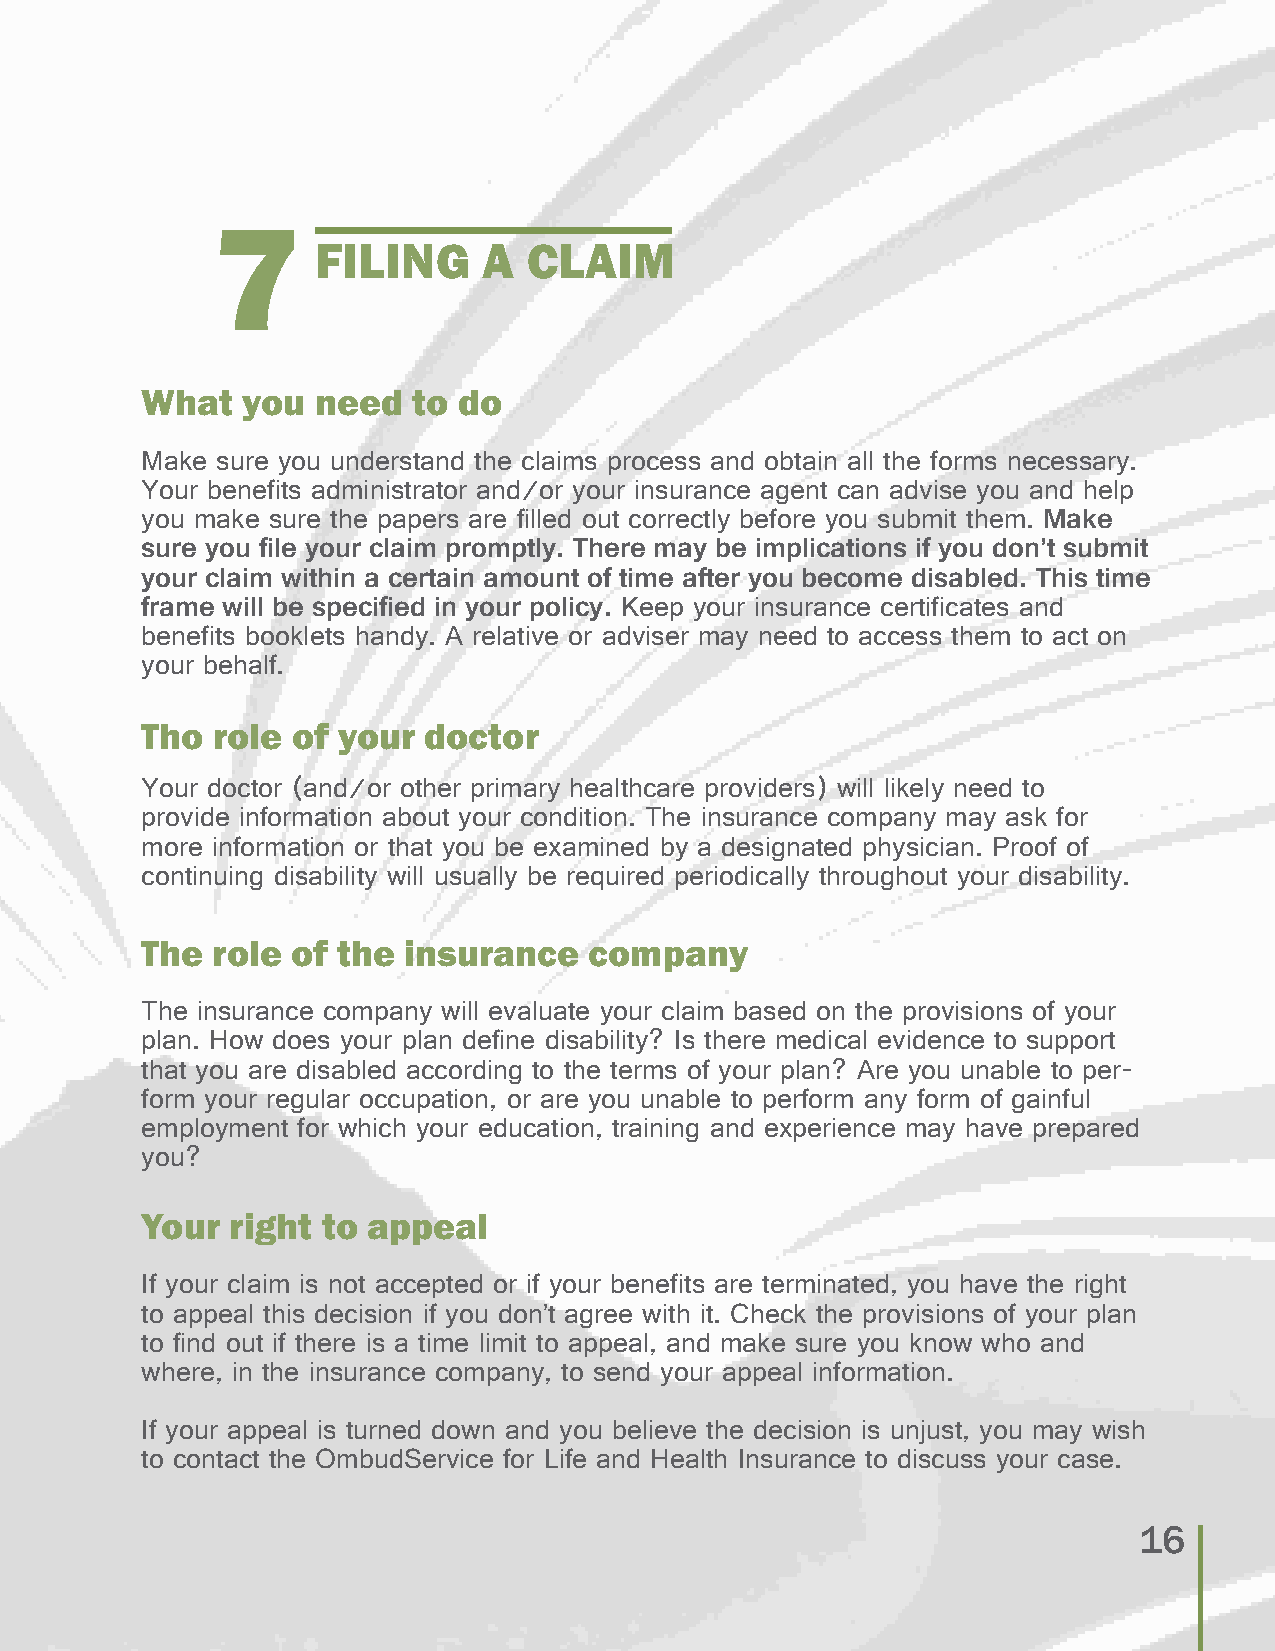
7
 FILING     A  CLAIM
 What   you  need  to do
 Make sure you understand the claims process and obtain all the forms necessary.
 Your benefits administrator and/or your insurance agent can advise you and help
 you make sure the papers are filled out correctly before you submit them. Make
 sure you file your claim promptly. There may be implications if you don’t submit
 your claim within a certain amount of time after you become disabled. This time
 frame will be specified in your policy. Keep your insurance certificates and
 benefits booklets handy. A relative or adviser may need to access them to act on
 your behalf.
 Tho  role of your  doctor
 Your doctor (and/or other primary healthcare providers) will likely need to
 provide information about your condition. The insurance company may ask for
 more information or that you be examined by a designated physician. Proof of
 continuing disability will usually be required periodically throughout your disability.
 The  role of the  insurance   company
 The insurance company will evaluate your claim based on the provisions of your
 plan. How does your plan define disability? Is there medical evidence to support
 that you are disabled according to the terms of your plan? Are you unable to per-
 form your regular occupation, or are you unable to perform any form of gainful
 employment for which your education, training and experience may have prepared
 you?
 Your  right to appeal
 If your claim is not accepted or if your benefits are terminated, you have the right
 to appeal this decision if you don’t agree with it. Check the provisions of your plan
 to find out if there is a time limit to appeal, and make sure you know who and
 where, in the insurance company, to send your appeal information.
 If your appeal is turned down and you believe the decision is unjust, you may wish
 to contact the OmbudService for Life and Health Insurance to discuss your case.
 16